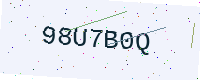
Text: 98U7B0Q